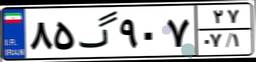
۸۵گ۹۰۷۲۷